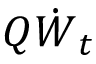
\boldsymbol { Q } \dot { { \boldsymbol { W } } } _ { t }